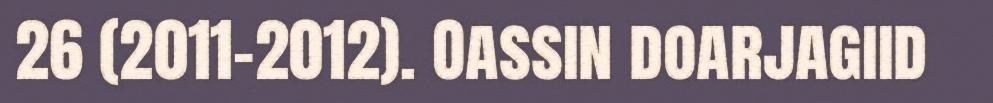
26 (2011–2012). Oassin doarjagiid